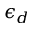
\epsilon _ { d }